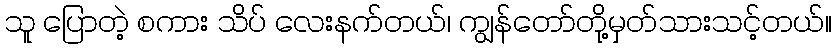
သူ ပြောတဲ့ စကား သိပ် လေးနက်တယ်၊ ကျွန်တော်တို့မှတ်သားသင့်တယ်။